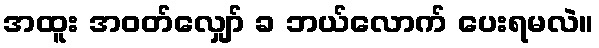
အထူး အဝတ်လျှော် ခ ဘယ်လောက် ပေးရမလဲ။